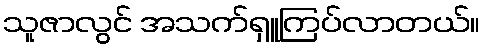
သူဇာလွင် အသက်ရှူကြပ်လာတယ်။